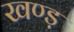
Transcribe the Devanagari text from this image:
खण्ड़